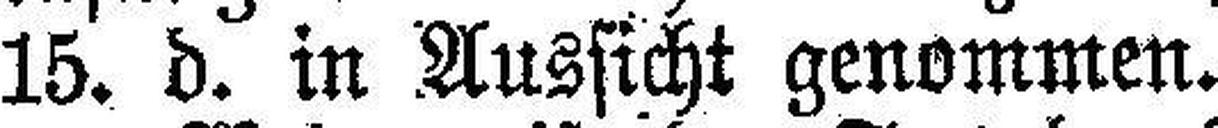
15. d. in Aussicht genommen.